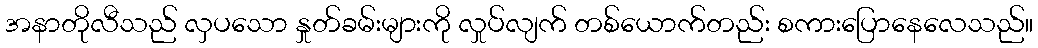
အနာတိုလီသည် လှပသော နှုတ်ခမ်းများကို လှုပ်လျက် တစ်ယောက်တည်း စကားပြောနေလေသည်။